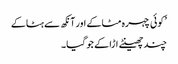
’کوئی چہرہ مٹاکے اور آنکھ سے ہٹاکے
چند چھینٹے اڑا کے جو گیا۔